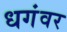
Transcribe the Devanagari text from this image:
धगंवर